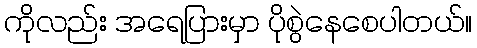
ကိုလည်း အရေပြားမှာ ပိုစွဲနေစေပါတယ်။